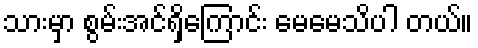
သားမှာ စွမ်းအင်ရှိကြောင်း မေမေသိပါ တယ်။